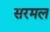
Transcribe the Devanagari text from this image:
सरमल